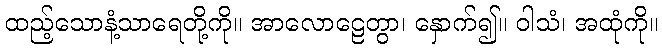
ထည့်သောနံ့သာရေတို့ကို။ အာလောဠေတွာ၊ နှောက်၍။ ဝါသံ၊ အထုံကို။